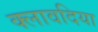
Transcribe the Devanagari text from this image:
क्लावदिया